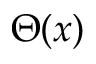
\Theta ( x )